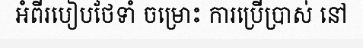
អំពីរបៀបថែទាំ ចម្រោះ ការប្រើប្រាស់ នៅ